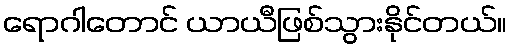
ရောဂါတောင် ယာယီဖြစ်သွားနိုင်တယ်။